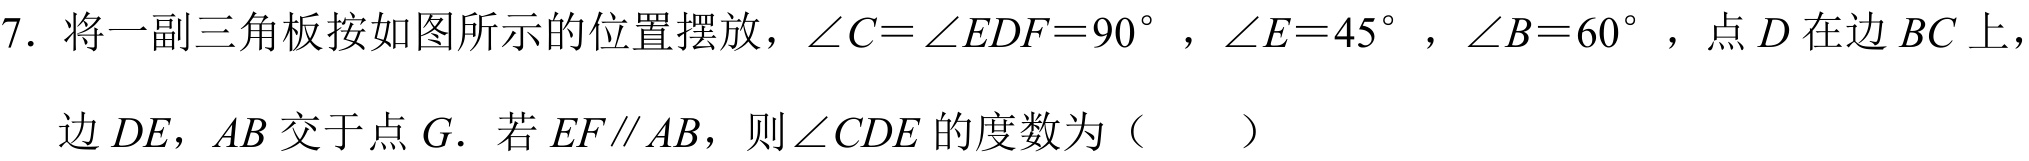
7. 将一副三角板按如图所示的位置摆放，$\angle C=\angle EDF = 90^{\circ}$，$\angle E = 45^{\circ}$，$\angle B = 60^{\circ}$，点$D$在边$BC$上，
边$DE$，$AB$交于点$G$．若$EF\parallel AB$，则$\angle CDE$的度数为（  ）